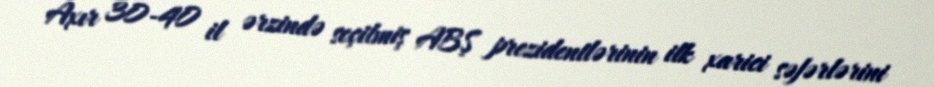
Axır 30-40 il ərzində seçilmiş ABŞ prezidentlərinin ilk xarici səfərlərini